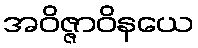
အဝိဇ္ဇာဝိနယေ